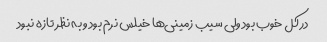
در کل خوب بود ولی سیب زمینی‌ها خیلس نرم بود و به نظر تازه نبود